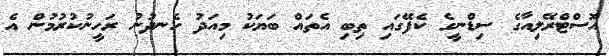
އޮސްޓްރޭލިއާގެ ސިޑްނީގެ ކެފޭގައި ތިބި އެތައް ބަޔަކު މިއަދު ހެނދުނު ރަހީނުކުރުމުން އެ